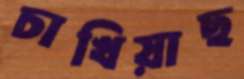
চাখিয়াছ